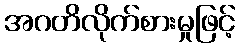
အဂတိလိုက်စားမှုဖြင့်